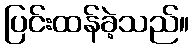
ပြင်းထန်ခဲ့သည်။